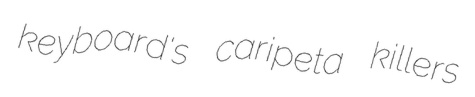
keyboard's caripeta killers